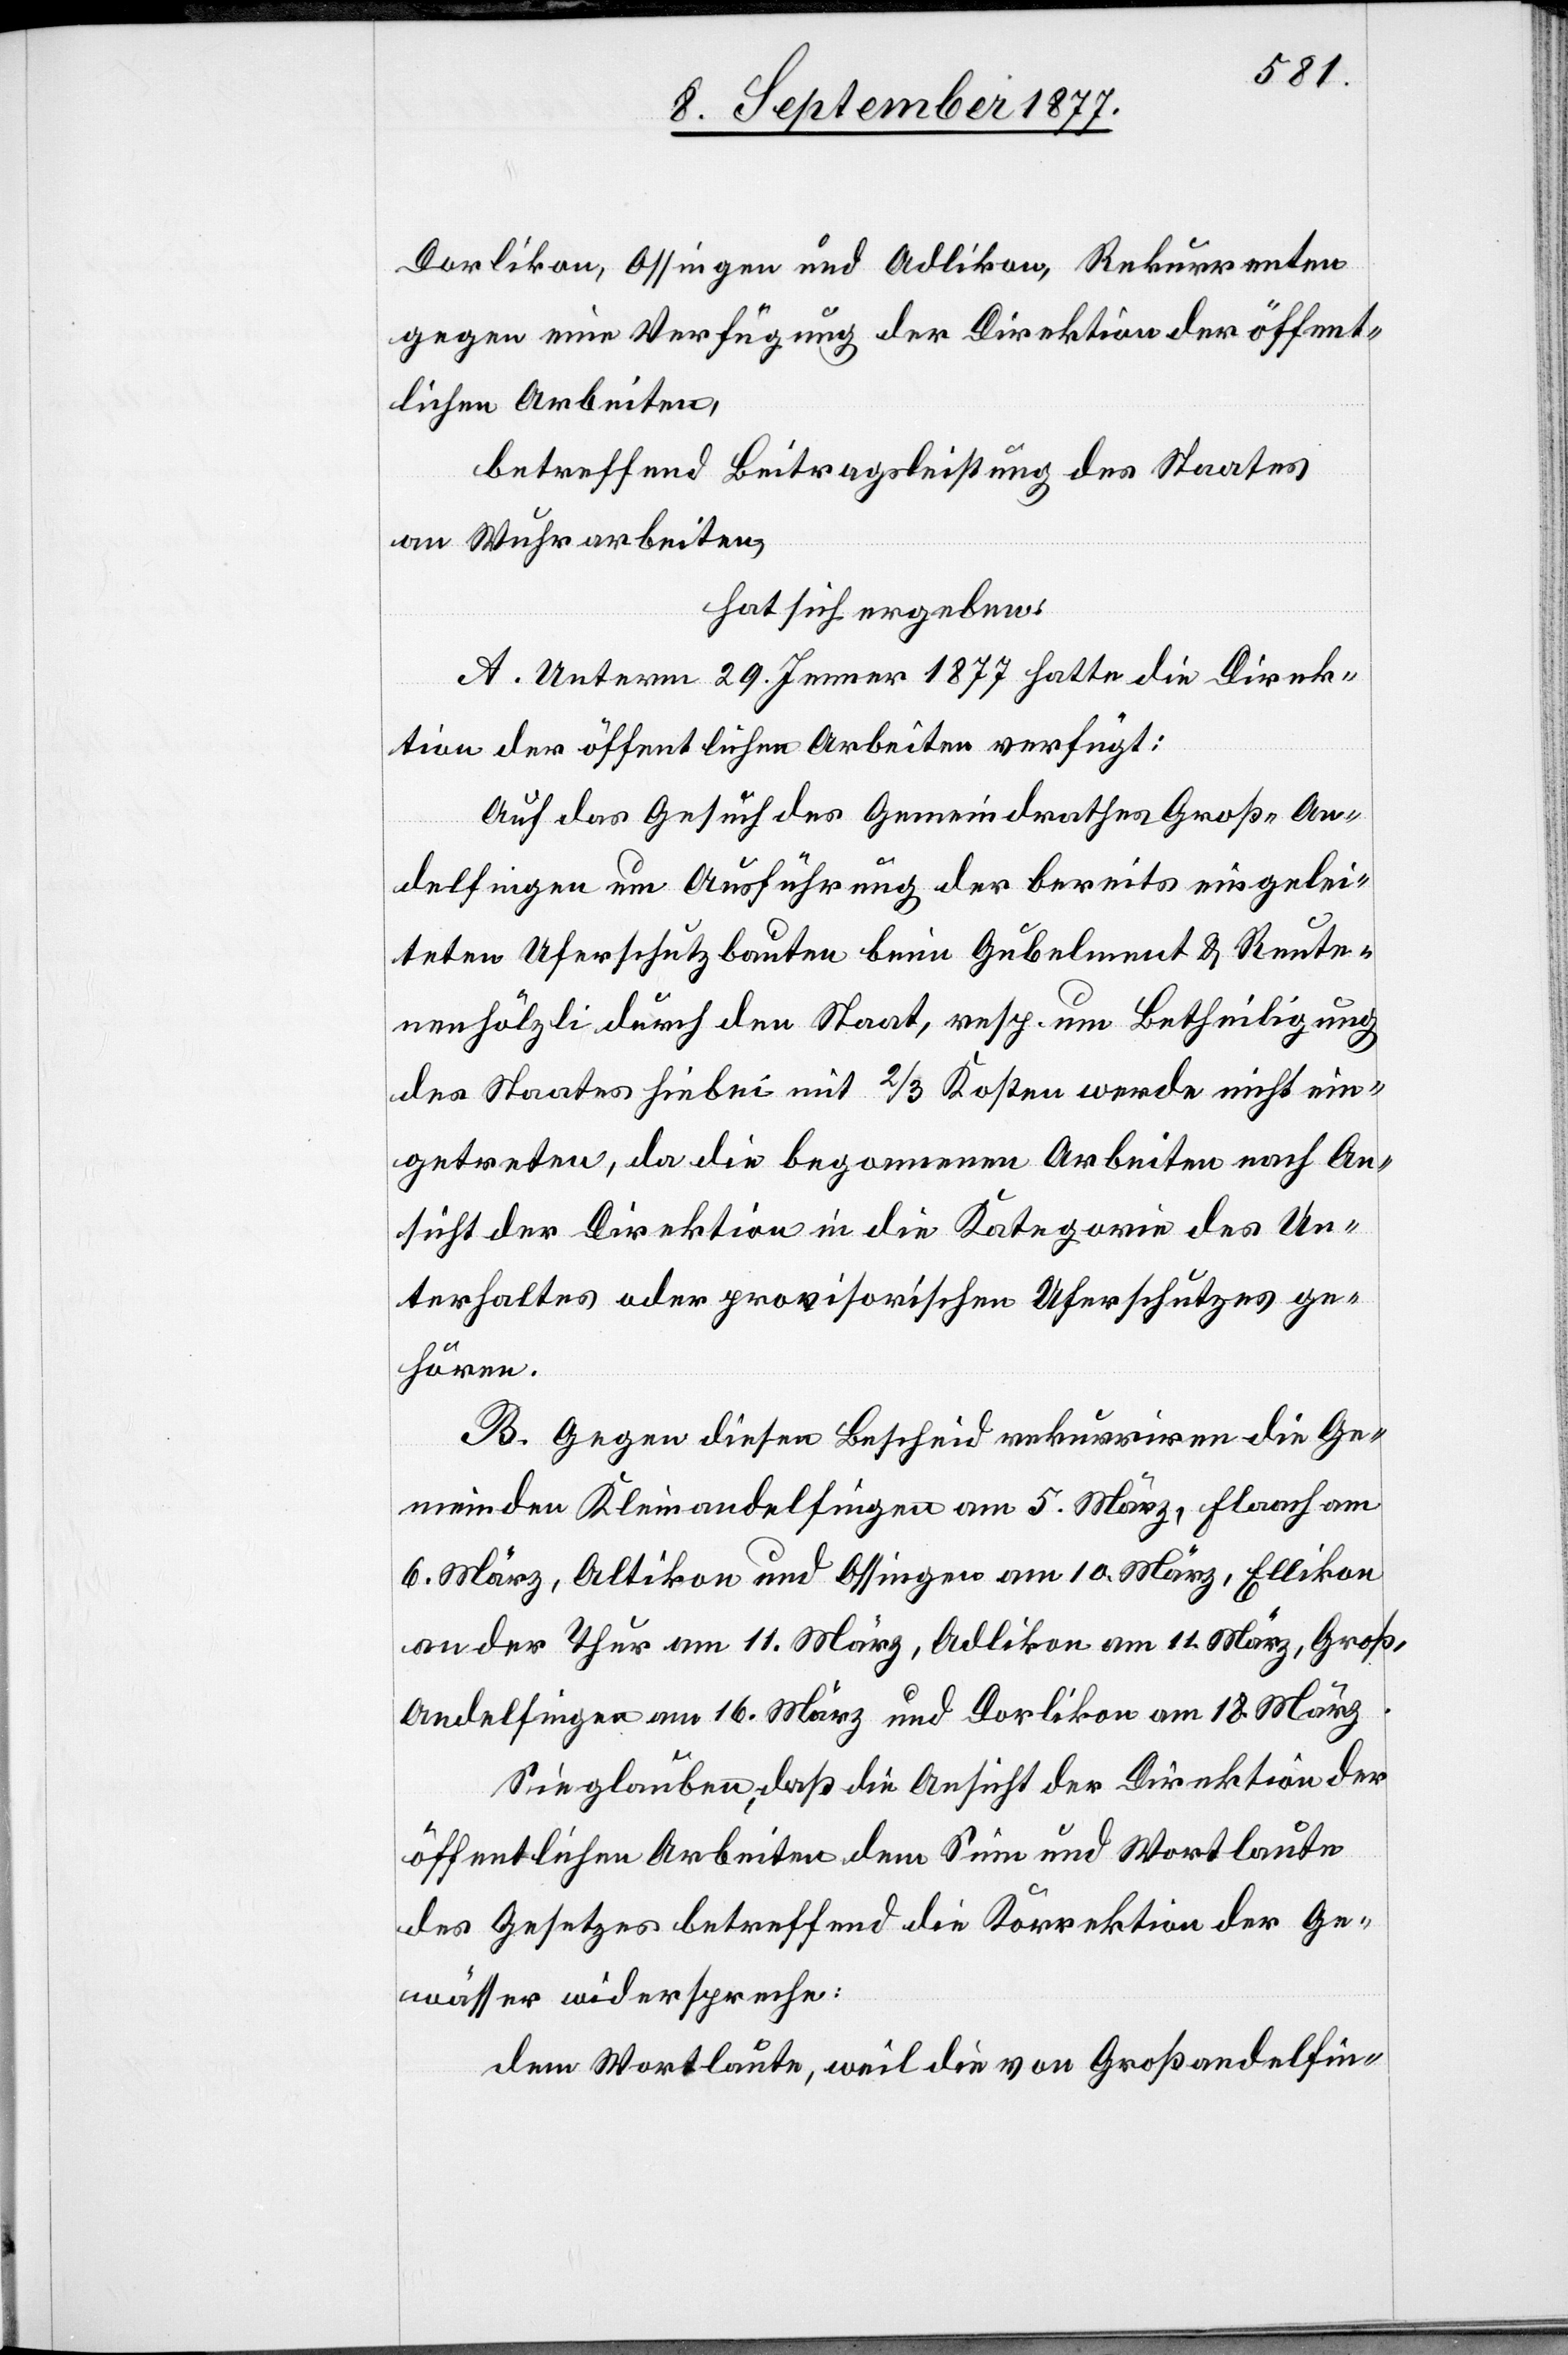
Dorlikon, Ossingen und Adlikon, Rekurrenten
gegen eine Verfügung der Direktion der öffent¬
lichen Arbeiten,
betreffend Beitragsleistung des Staates
an Wuhrarbeiten,
hat sich ergeben:
A. Unterm 29. Jenner 1877 hatte die Direk¬
tion der öffentlichen Arbeiten verfügt:
Auf das Gesuch des Gemeindrathes Groß-An¬
delfingen um Ausführung der bereits eingelei¬
teten Uferschutzbauten beim Gubelment & Reute¬
nenhölzli durch den Staat, resp. um Betheiligung
des Staates hiebei mit 2/3 Kosten werde nicht ein¬
getreten, da die begonnenen Arbeiten nach An¬
sicht der Direktion in die Kategorie des Un¬
terhaltes oder provisorischen Uferschutzes ge¬
hören.
B. Gegen diesen Bescheid rekurriren die Ge¬
meinden Kleinandelfingen am 5. März, Flaach am
6. März, Altikon und Ossingen am 10. März, Ellikon
an der Thur am 11. März, Adlikon am 11. März, Groß-A¬
ndelfingen am 16. März und Dorlikon am 18. März.
Sie glauben, daß die Ansicht der Direktion der
öffentlichen Arbeiten dem Sinn und Wortlaute
des Gesetzes betreffend die Korrektion der Ge¬
wässer widerspreche:
dem Wortlaute, weil die von Großandelfin-